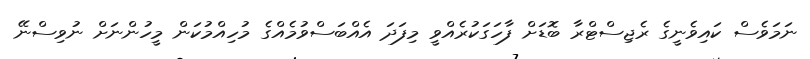
ނަމަވެސް ކައިވެނީގެ ރެޖިސްޓްރާ ބޮޑަށް ފާހަގަކުރެއްވީ މިފަދަ އެއްބަސްވުމެއްގެ މުހިއްމުކަން މީހުންނަށް ނުވިސްނޭ